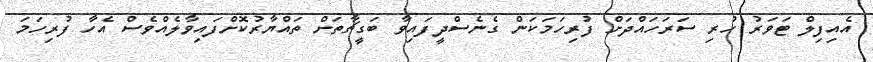
އެއިފިލް ޓަވަރު ހުރި ސަރަހައްދަށް ފުރިހަމަކަން ގެނެސްދީފައިވާ ބަގީޗާތަށް ތައްޔާރުކޮށްފައިވާލެއްވެސް އެހާ ފުރިހަމަ